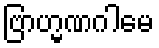
ဗြာဟ္မဏဂါမေ